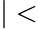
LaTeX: \rvert<